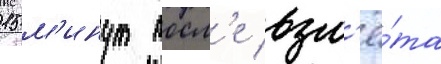
15 м'инут посл'е взл'ё́та